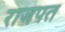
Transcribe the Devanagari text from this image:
राजपत